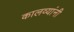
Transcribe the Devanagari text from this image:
कालव्यांनी